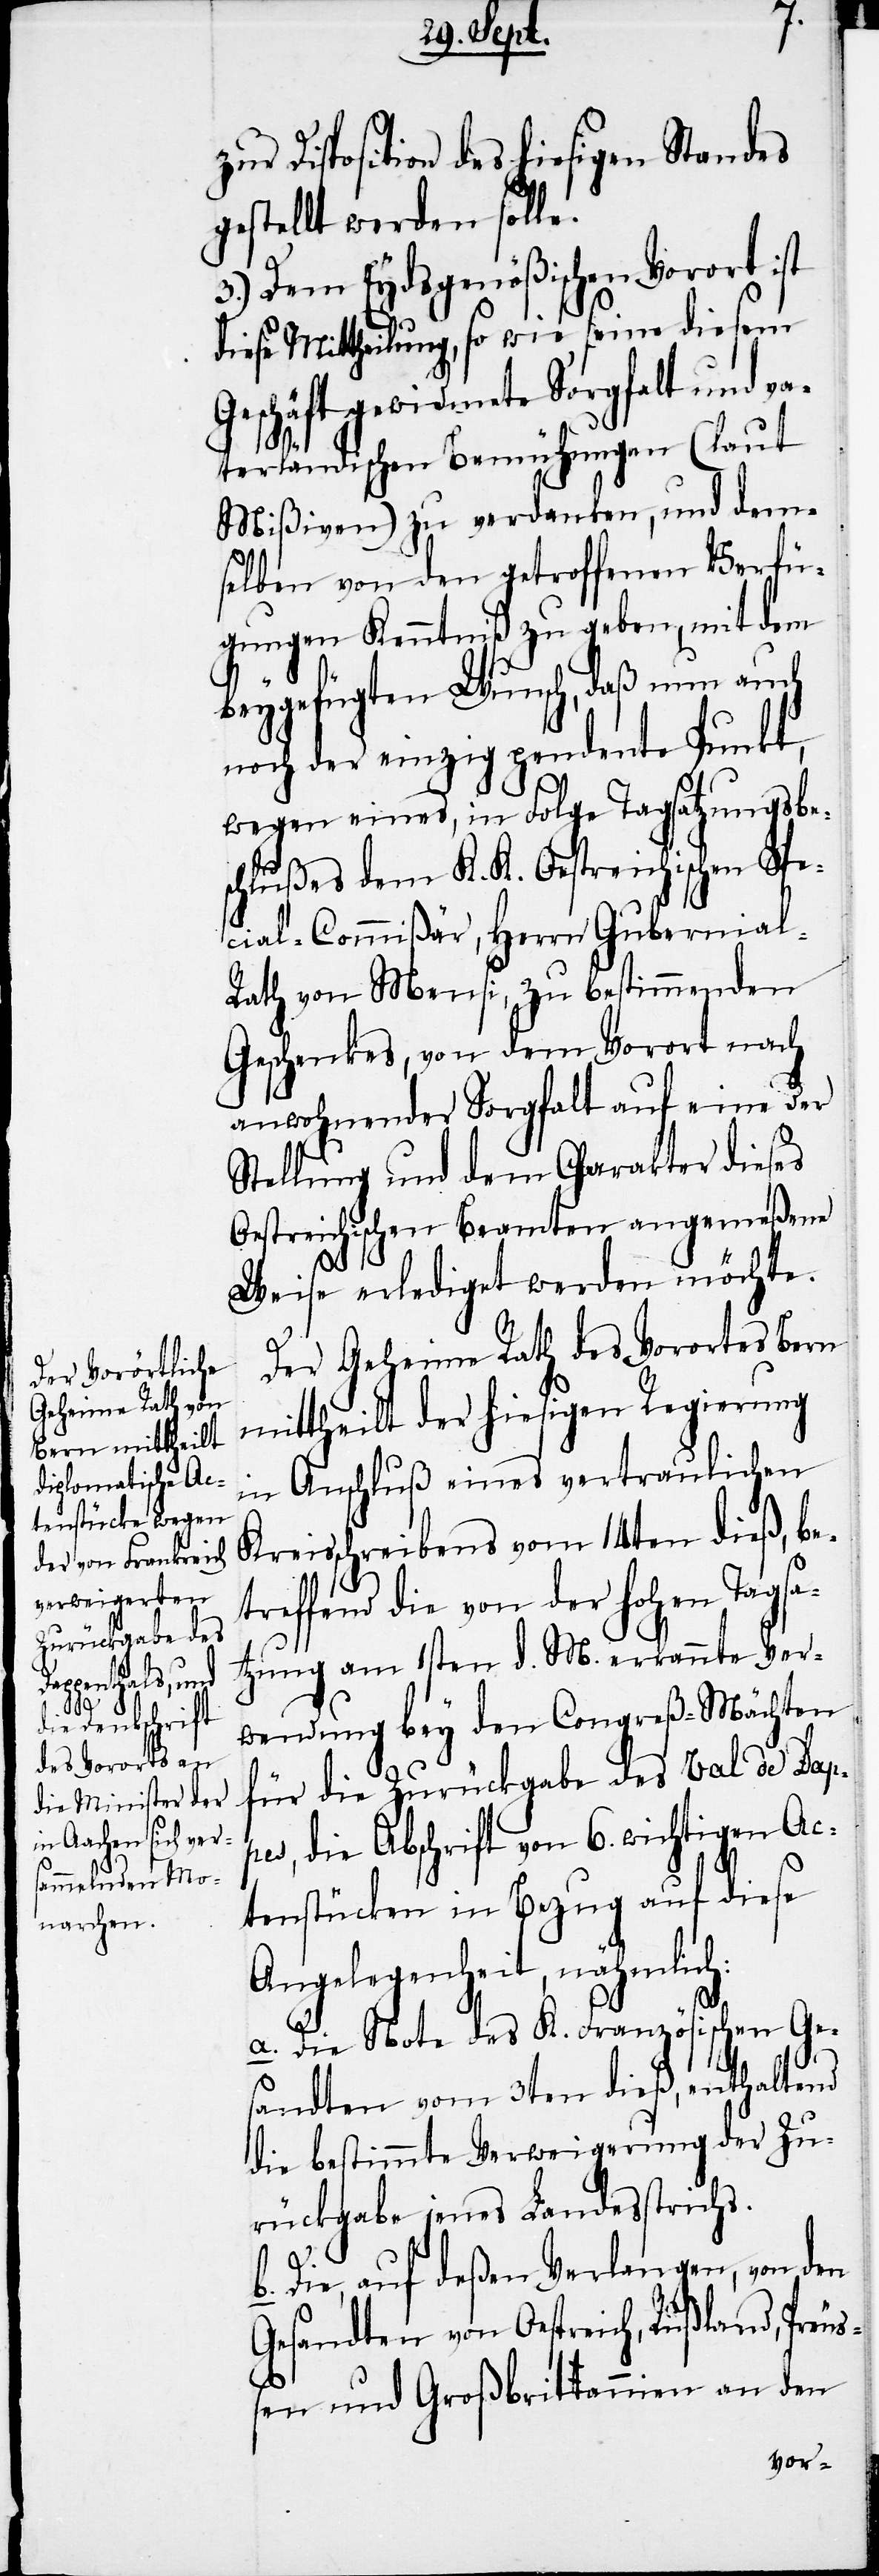
zu Disposition des hiesigen Standes
gestellt werden solle.
3.) Dem Eydsgenößischen Vorort ist
diese Mittheilung, so wie seine diesem
Geschäft gewidmete Sorgfalt und va¬
terländischen Bemühungen (laut
Mißiven) zu verdanken, und dem¬
selben von den getroffenen Verfü¬
gungen Kenntniß zu geben, mit dem
beygefügten Wunsch, daß nun auch
noch der einzig pendente Punkt,
wegen eines, in Folge Tagsatzungsbes¬
chlußes dem K. K. Oestreichischen Spe¬
cial-Commißär, Herrn Gubernial-R¬
ath von Mensi, zu bestimmenden
Geschenkes, von dem Vorort nach
anwohnender Sorgfalt auf eine der
Stellung und dem Charakter dieses
Oestreichischen Beamten angemeßene
Weise erlediget werden möchte.
Der Geheime Rath des Vorortes Bern
mittheilt der hiesigen Regierung
in Anschluß eines vertraulichen
Kreisschreibens vom 14ten dieß, be¬
treffend die von der hohen Tagsa¬
tzung am 1sten d. M. erkannte Ver¬
wendung bey den Congreß-Mächten
für die Zurückgabe des Val de Dap¬
pes, die Abschrift von 6. wichtigen Ac¬
tenstücken in Bezug auf diese
Angelegenheit, nähmlich:
a. Die Note des K. Französischen Ge¬
sandten vom 3ten dieß, enthaltend
die bestimmte Verweigerung der Zu¬
rückgabe jenes Landesstrichs.
b. Die, auf deßen Verlangen, von den
Gesandten von Oestreich, Rußland, Preu¬
ßen und Großbritannien an den